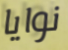
نوايا